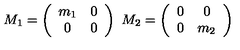
M _ { 1 } = \left( \begin{array} { c c } { m _ { 1 } } & { 0 } \\ { 0 } & { 0 } \\ \end{array} \right) \ M _ { 2 } = \left( \begin{array} { c c } { 0 } & { 0 } \\ { 0 } & { m _ { 2 } } \\ \end{array} \right)